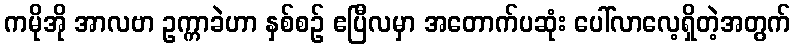
ကမိုအို အာလဗာ ဥက္ကာခဲဟာ နှစ်စဉ် ဧပြီလမှာ အတောက်ပဆုံး ပေါ်လာလေ့ရှိတဲ့အတွက်